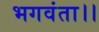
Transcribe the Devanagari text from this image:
भगवंता।।